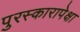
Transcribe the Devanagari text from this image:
पुरस्कारापेक्षा